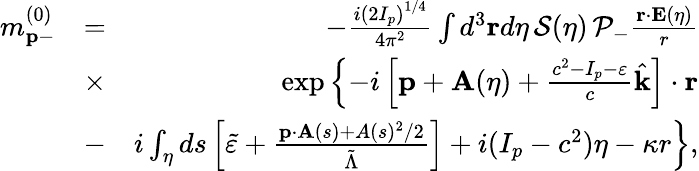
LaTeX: \begin{array}{rlr}{m_{\mathbf{p}-}^{(0)}}&{=}&{-\frac{i\left(2I_{p}\right)^{1/4}}{4\pi^{2}}\int d^{3}\mathbf{r}d\eta\, {\cal S}(\eta)\, {\cal P}_{-}\frac{\mathbf{r}\cdot\mathbf{E}(\eta)}{r}}\\ &{\times}&{\exp\left\{ -i\left[\mathbf{p}+\mathbf{A}(\eta)+\frac{c^{2}-I_{p}-\varepsilon}{c}\hat{\mathbf{k}}\right]\cdot\mathbf{r}\right.}\\ &{-}&{\left.i\int_{\eta}ds\left[\tilde{\varepsilon}+\frac{\mathbf{p}\cdot\mathbf{A}(s)+A(s)^{2}/2}{\tilde{\Lambda}}\right]+i(I_{p}-c^{2})\eta-\kappa r\right\} ,}\end{array}